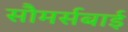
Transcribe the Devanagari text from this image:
सौमर्सबाई